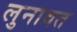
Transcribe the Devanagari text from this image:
लुनावत